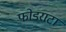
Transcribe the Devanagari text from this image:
फोडराटा